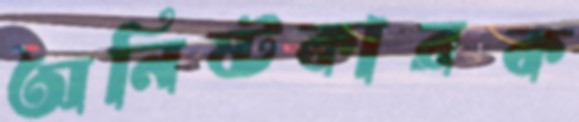
অনিষ্টকারক